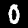
Label: 0